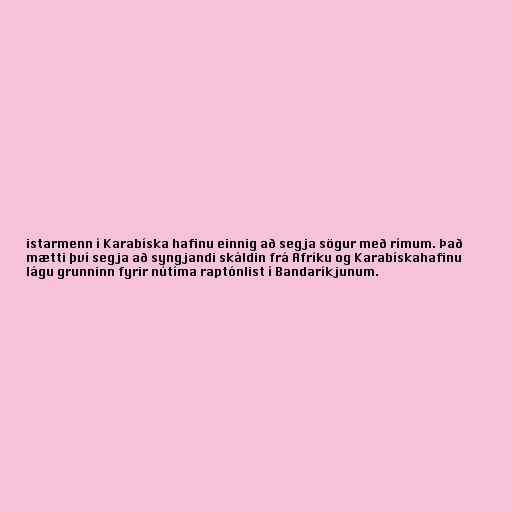
istarmenn í Karabíska hafinu einnig að segja sögur með rímum. Það
mætti því segja að syngjandi skáldin frá Afríku og Karabískahafinu
lágu grunninn fyrir nútíma raptónlist í Bandaríkjunum.